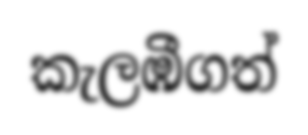
කැලඹීගත්